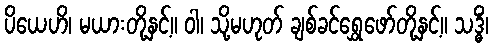
ပိယေဟိ၊ မယားတို့နှင့်။ ဝါ၊ သို့မဟုတ် ချစ်ခင်ရွှေဖော်တို့နှင့်။ သဒ္ဓိံ၊